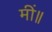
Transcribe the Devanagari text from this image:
मीं॥